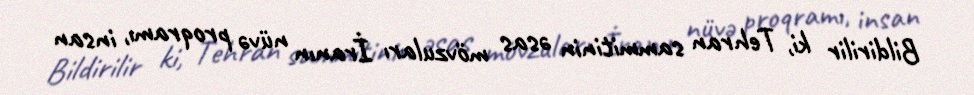
Bildirilir ki, Tehran sammitinin əsas mövzuları İranın nüvə proqramı, insan